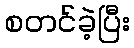
စတင်ခဲ့ပြီး